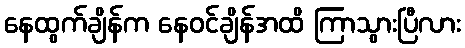
နေထွက်ချိန်က နေဝင်ချိန်အထိ ကြာသွားပြီလား